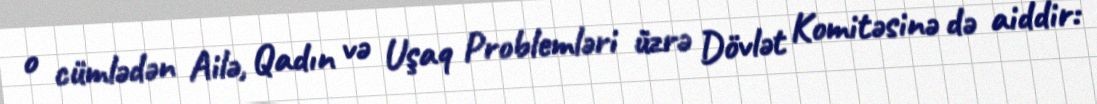
o cümlədən Ailə, Qadın və Uşaq Problemləri üzrə Dövlət Komitəsinə də aiddir: